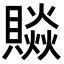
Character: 𧷼